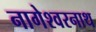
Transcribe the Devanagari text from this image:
नागेश्वरनाथ